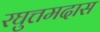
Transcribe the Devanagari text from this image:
रघुत्तमदास